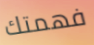
فهمتك